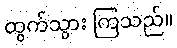
ထွက်သွား ကြသည်။